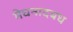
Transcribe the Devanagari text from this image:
मेघनादबध